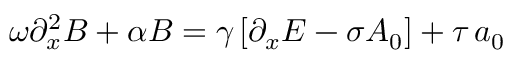
\omega \partial _ { x } ^ { 2 } B + \alpha B = \gamma \left[ \partial _ { x } E - \sigma A _ { 0 } \right] + \tau \, a _ { 0 }